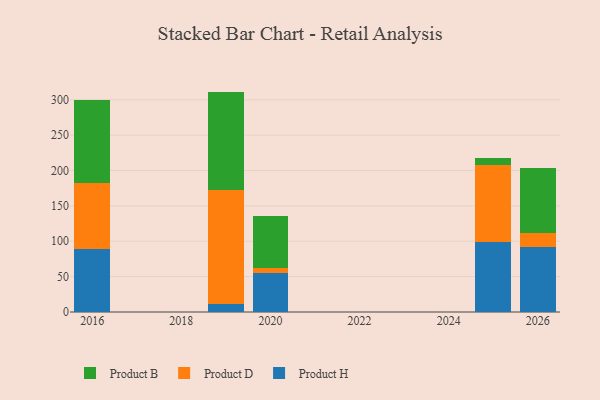
{"axis": {"x": "Year", "y": "Energy Usage (MWh)"}, "legend": ["Product B", "Product D", "Product H"], "data": [{"x": "2019", "y": 12.0, "type": "Product H"}, {"x": "2019", "y": 161.0, "type": "Product D"}, {"x": "2019", "y": 138.6, "type": "Product B"}, {"x": "2026", "y": 91.4, "type": "Product H"}, {"x": "2026", "y": 20.2, "type": "Product D"}, {"x": "2026", "y": 91.6, "type": "Product B"}, {"x": "2016", "y": 88.6, "type": "Product H"}, {"x": "2016", "y": 93.1, "type": "Product D"}, {"x": "2016", "y": 118.3, "type": "Product B"}, {"x": "2020", "y": 55.6, "type": "Product H"}, {"x": "2020", "y": 6.4, "type": "Product D"}, {"x": "2020", "y": 73.7, "type": "Product B"}, {"x": "2025", "y": 99.6, "type": "Product H"}, {"x": "2025", "y": 108.1, "type": "Product D"}, {"x": "2025", "y": 10.1, "type": "Product B"}]}